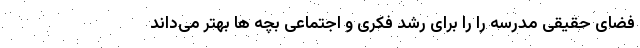
فضای حقیقی مدرسه را را برای رشد فکری و اجتماعی بچه ها بهتر می‌داند